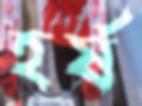
হর্ষ